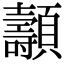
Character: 𩕯